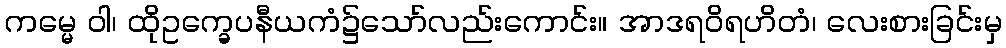
ကမ္မေ ဝါ၊ ထိုဥက္ခေပနီယကံ၌သော်လည်းကောင်း။ အာဒရဝိရဟိတံ၊ လေးစားခြင်းမှ